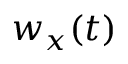
w _ { x } ( t )